Report on vaccination in Madras 1877-1894 - 1877-1894
Year: 1877
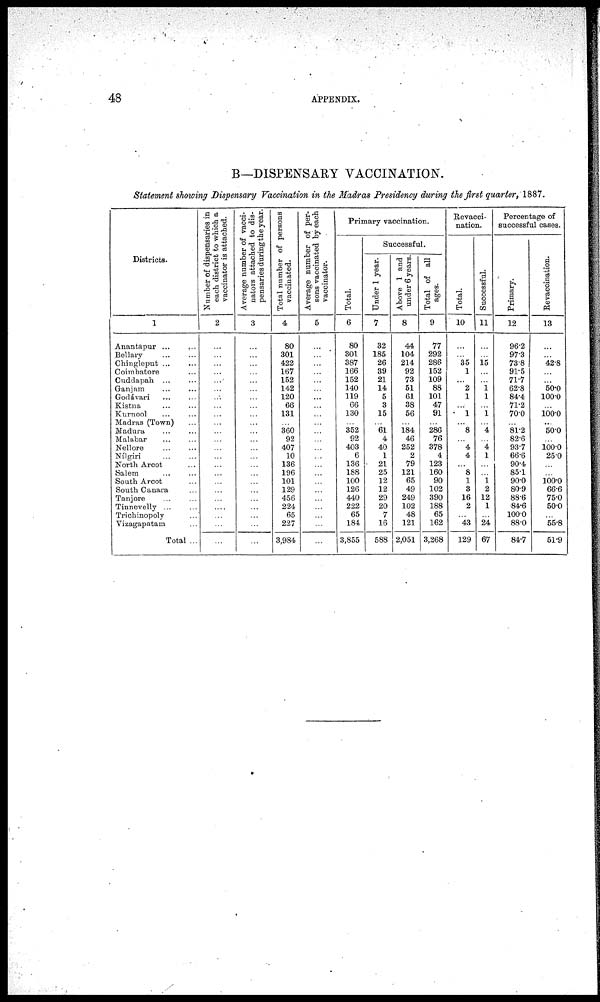
48
APPENDIX.
B—DISPENSARY VACCINATION.
Statement showing Dispensary Vaccination in the Madras Presidency during the first quarter, 1887.
Districts.
1
Anantapur
...
...
Bellary
...
...
Chingleput ... ...
Coimbatore ...
Cuddapah ... ...
Ganjam
...
...
Godávari ... ...
Kistna ... ...
Kurnool ... ...
Madras (Town) ...
Madura ... ...
Malabar ... ...
Nellore ... ...
Nílgiri ... ...
North Arcot ...
Salem ... ...
South Arcot ...
South Canara ...
Tanjore ... ...
Tinnevelly ... ...
Trichinopoly ...
Vizagapatam ...
Total ...
Number of dispensaries in
each district to which a
vaccinator is attached.
2
...
...
...
...
...
...
...
...
...
...
...
...
...
...
...
...
...
...
...
...
...
...
...
Average number of vacci-
nators attached to dis-
pensaries during the year.
3
...
...
...
...
...
...
...
...
...
...
...
...
...
...
...
...
...
...
...
...
...
...
...
Total number of persons
vaccinated.
4
80
301
422
167
152
142
120
66
131
...
360
92
407
10
136
196
101
129
456
224
65
227
3,984
Average number of per-
sons vaccinated by each
vaccinator.
5
...
...
...
...
...
...
...
...
...
...
...
...
...
...
...
...
...
...
...
...
...
...
...
Primary vaccination.
Total.
6
80
301
387
166
152
140
119
66
130
...
352
92
403
6
136
188
100
126
440
222
65
184
3,855
Successful.
Under 1 year.
7
32
185
26
39
21
14
5
3
15
...
61
4
40
1
21
25
12
12
29
20
7
16
588
Above 1 and
under 6 years.
8
44
104
214
92
73
51
61
38
56
...
184
46
252
2
79
121
65
49
249
102
48
121
2,051
Total of all
ages.
9
77
292
286
152
109
88
101
47
91
...
286
76
378
4
123
160
90
102
390
188
65
162
3,268
Revacci-
nation.
Total.
10
...
...
35
1
...
2
1
...
1
...
8
...
4
4
...
8
1
3
16
2
...
43
129
Successful.
11
...
...
15
...
...
1 1
...
1
...
4
...
4
1
...
...
1 2
12
1
...
24
67
Percentage of
successful cases.
Primary.
12
96.2
97.3
73.8
91.5
71.7
62.8
84.4
71.2
70.0
...
81.2
82.6
93.7
66.6
90.4
85.1
90.0
80.9
88.6
84.6
100.0
88.0
84.7
Revaccination.
13
...
...
42.8
...
...
50.0
100.0
...
100.0
...
50.0
...
100.0
25.0
...
...
100.0
66.6
75.0
50.0
...
55.8
51.9